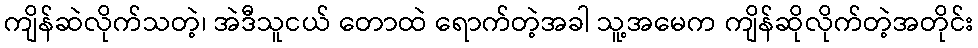
ကျိန်ဆဲလိုက်သတဲ့၊ အဲဒီသူငယ် တောထဲ ရောက်တဲ့အခါ သူ့အမေက ကျိန်ဆိုလိုက်တဲ့အတိုင်း